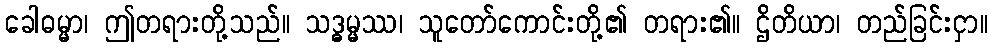
ခေါဓမ္မာ၊ ဤတရားတို့သည်။ သဒ္ဓမ္မဿ၊ သူတော်ကောင်းတို့၏ တရား၏။ ဌိတိယာ၊ တည်ခြင်းငှာ။